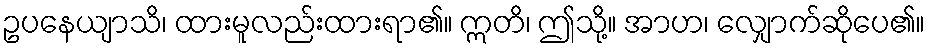
ဥပနေယျာသိ၊ ထားမူလည်းထားရာ၏။ ဣတိ၊ ဤသို့။ အာဟ၊ လျှောက်ဆိုပေ၏။